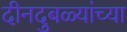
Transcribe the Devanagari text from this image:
दीनदुबळ्यांच्या